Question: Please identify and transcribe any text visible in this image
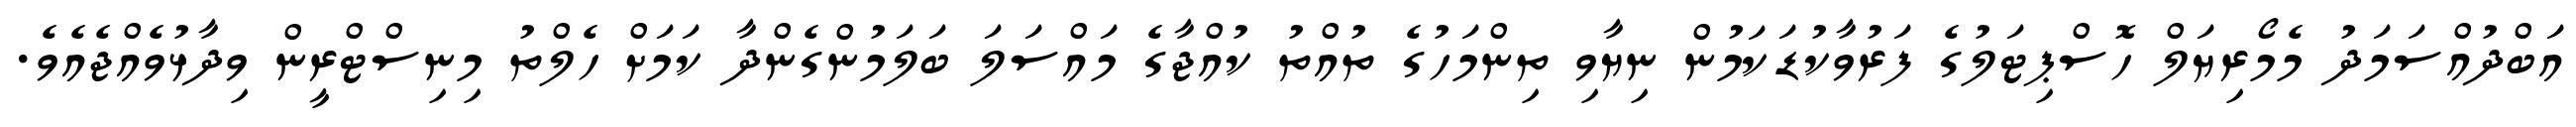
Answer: އަބްދުއްސަމަދު މެމޯރިޔަލް ހޮސްޕިޓަލުގެ ފަރުވާކުޑަކަމުން ނިޔާވި ތިންމަހުގެ ތުއްތު ކުއްޖާގެ މައްސަލަ ބަލަމުންގެންދާ ކަމަށް ހެލްތު މިނިސްޓްރީން ވިދާޅުވެއްޖެއެވެ.